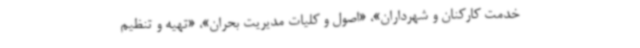
خدمت کارکنان و شهرداران»، «اصول و کلیات مدیریت بحران»، «تهیه و تنظیم